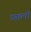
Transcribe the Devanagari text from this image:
घतली